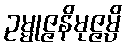
ဥမ္မုဇ္ဇနိမုဇ္ဇမ္ပိ